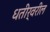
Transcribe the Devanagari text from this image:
धतीर्वरील